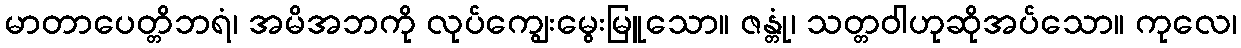
မာတာပေတ္တိဘရံ၊ အမိအဘကို လုပ်ကျွေးမွေးမြူသော။ ဇန္တုံ၊ သတ္တဝါဟုဆိုအပ်သော။ ကုလေ၊